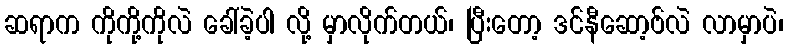
ဆရာက ကိုကို့ကိုလဲ ခေါ်ခဲ့ပါ လို့ မှာလိုက်တယ်၊ ပြီးတော့ ဒင်နီဆော့ဗ်လဲ လာမှာပဲ၊